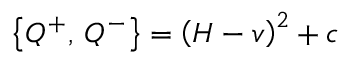
\left\{ Q ^ { + } , \, Q ^ { - } \right\} = \left( H - v \right) ^ { 2 } + c